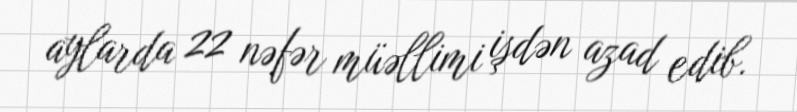
aylarda 22 nəfər müəllimi işdən azad edib.